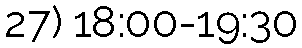
27) 18:00-19:30